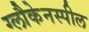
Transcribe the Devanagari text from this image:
ग्लौकेनस्पील